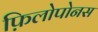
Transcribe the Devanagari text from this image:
फ़िलोपोनस